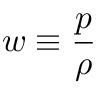
w \equiv { \frac { p } { \rho } }